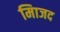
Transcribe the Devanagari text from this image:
मािजद